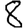
Digit: 8